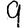
Digit: 9